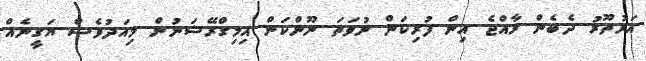
އަރުތޫރު ދެބެން ރާއްޖެ އިން ފުރިކަން ނުވަތަ ނޫންކަން އިމިގްރޭޝަނުން މިއަދުވެސް ޔަގީނެއް